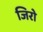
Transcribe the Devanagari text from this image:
जिरो